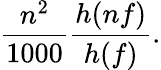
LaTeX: \frac{n^{2}}{1000}\frac{h(nf)}{h(f)}.